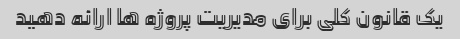
یک قانون کلی برای مدیریت پروژه ها ارائه دهید